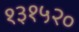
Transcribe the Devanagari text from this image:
१३१५२०